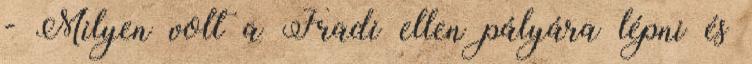
- Milyen volt a Fradi ellen pályára lépni és